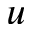
u